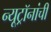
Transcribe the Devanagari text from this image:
न्यूट्रॉनांची